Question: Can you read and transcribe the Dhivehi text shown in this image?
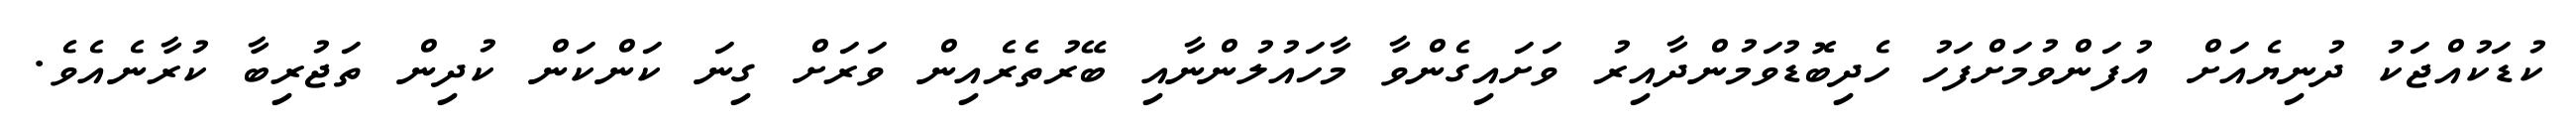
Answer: ކުޑަކުއްޖަކު ދުނިޔެއަށް އުފަންވުމަށްފަހު ހެދިބޮޑުވަމުންދާއިރު ވަށައިގެންވާ މާހައުލުންނާއި ބޭރުތެރެއިން ވަރަށް ގިނަ ކަންކަން ކުދިން ތަޖުރިބާ ކުރާނެއެވެ.